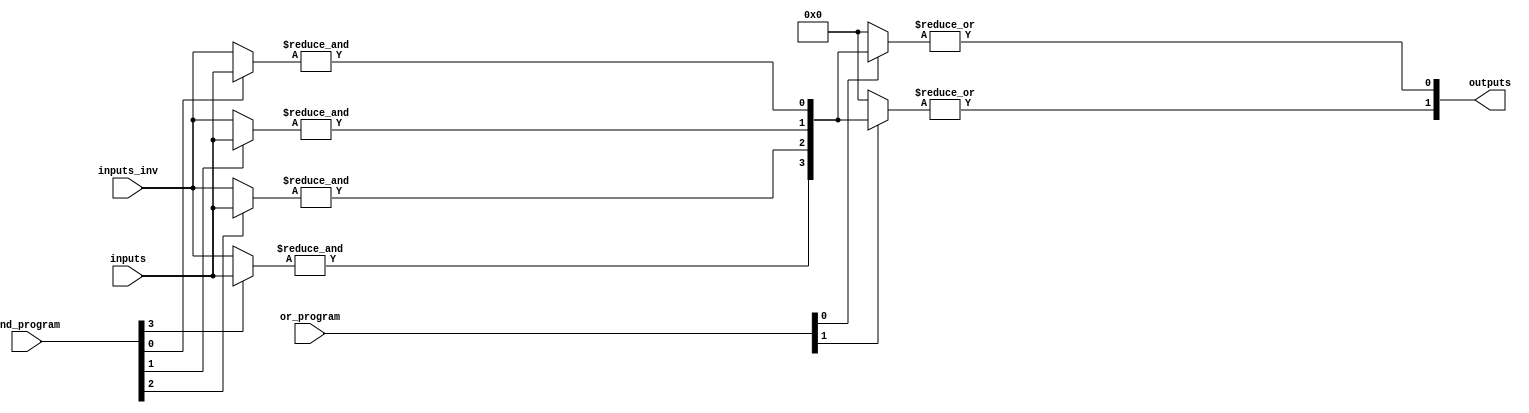
module PLA #(
    parameter N = 4, // Number of inputs
    parameter M = 2, // Number of outputs
    parameter P = 4  // Number of AND gates
)(
    input  [N-1:0] inputs,         // Inputs
    input  [N-1:0] inputs_inv,     // Inverted inputs
    input  [P-1:0] and_program,     // Programmable connections for AND gates
    input  [M-1:0] or_program,      // Programmable connections for OR gates
    output [M-1:0] outputs          // Outputs
);

    wire [P-1:0] and_outputs; // Outputs from AND gates

    // AND Array
    genvar i, j;
    generate
        for (i = 0; i < P; i = i + 1) begin : and_array
            wire [N-1:0] and_input;
            assign and_input = (and_program[i] == 1'b1) ? inputs : inputs_inv; // Example of programmability
            assign and_outputs[i] = &and_input; // AND operation
        end
    endgenerate

    // OR Array
    generate
        for (j = 0; j < M; j = j + 1) begin : or_array
            wire [P-1:0] or_input;
            assign or_input = (or_program[j] == 1'b1) ? and_outputs : 0; // Example of programmability
            assign outputs[j] = |or_input; // OR operation
        end
    endgenerate

endmodule